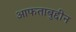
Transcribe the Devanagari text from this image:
आफताबुद्दीन